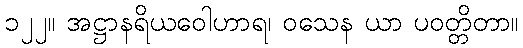
၁၂၂။ အဋ္ဌာနရိယဝေါဟာရ၊ ဝသေန ယာ ပဝတ္တိတာ။